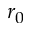
r _ { 0 }